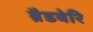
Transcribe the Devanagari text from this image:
ब्रैडबेरि